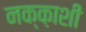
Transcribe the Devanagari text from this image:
नक्क़ाशी